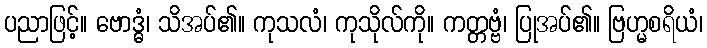
ပညာဖြင့်။ ဗောဒ္ဓံ၊ သိအပ်၏။ ကုသလံ၊ ကုသိုလ်ကို။ ကတ္တဗ္ဗံ၊ ပြုအပ်၏။ ဗြဟ္မစရိယံ၊